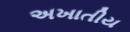
અખાતીય